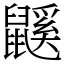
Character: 鼷